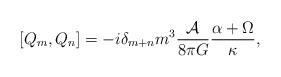
\begin{align*}\left[Q_{m} ,Q_{n} \right] = - i \delta _{m+n}m^{3} \frac{{\cal A}}{8\pi G} \frac{\alpha +\Omega }{\kappa},\end{align*}